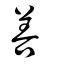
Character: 善